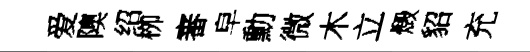
爱隩绍栁審皁勳微木立燬貂充